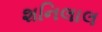
શનિલાલ